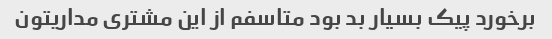
برخورد پیک بسیار بد بود متاسفم از این مشتری مداریتون